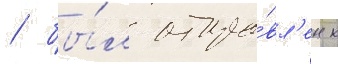
/ бы́л отпра́вл'ен к